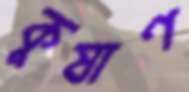
কুষাণ